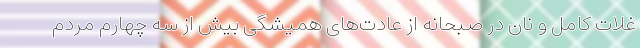
غلات کامل و نان در صبحانه از عادت‌های همیشگی بیش از سه چهارم مردم